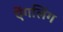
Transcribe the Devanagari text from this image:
ऐंगलिंग